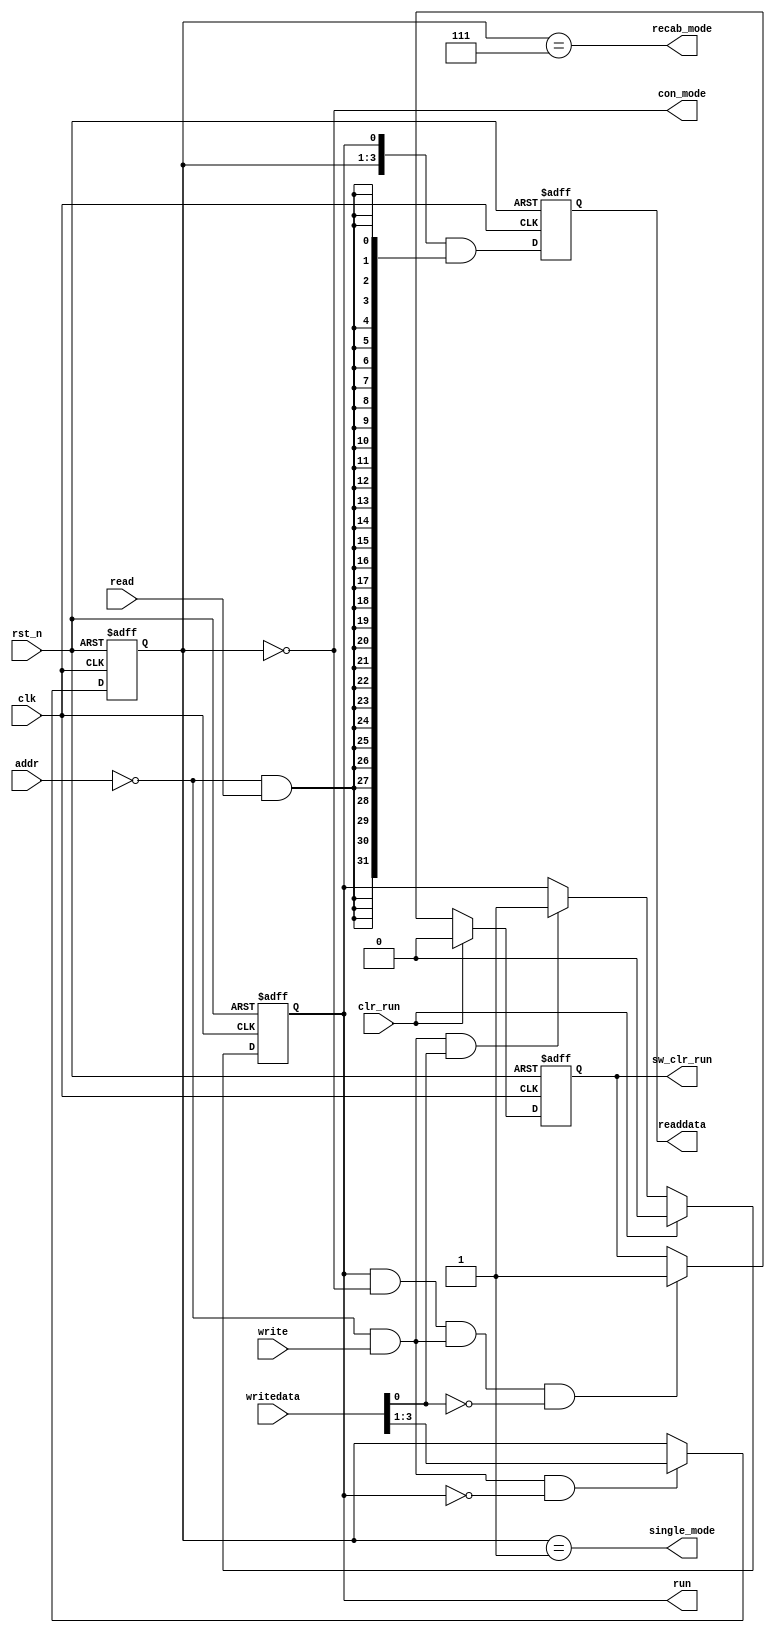
// (C) 2001-2020 Intel Corporation. All rights reserved.
// Your use of Intel Corporation's design tools, logic functions and other 
// software and tools, and its AMPP partner logic functions, and any output 
// files from any of the foregoing (including device programming or simulation 
// files), and any associated documentation or information are expressly subject 
// to the terms and conditions of the Intel Program License Subscription 
// Agreement, Intel FPGA IP License Agreement, or other applicable 
// license agreement, including, without limitation, that your use is for the 
// sole purpose of programming logic devices manufactured by Intel and sold by 
// Intel or its authorized distributors.  Please refer to the applicable 
// agreement for further details.


// (C) 2001-2016 Intel Corporation. All rights reserved.
// Your use of Intel Corporation's design tools, logic functions and other 
// software and tools, and its AMPP partner logic functions, and any output 
// files any of the foregoing (including device programming or simulation 
// files), and any associated documentation or information are expressly subject 
// to the terms and conditions of the Intel Program License Subscription 
// Agreement, Intel MegaCore Function License Agreement, or other applicable 
// license agreement, including, without limitation, that your use is for the 
// sole purpose of programming logic devices manufactured by Intel and sold by 
// Intel or its authorized distributors.  Please refer to the applicable 
// agreement for further details.


// synthesis translate_off
`timescale 1ns / 1ps
// synthesis translate_on

module altera_modular_adc_sequencer_csr (
    input               clk,
    input               rst_n,
    input               addr,
    input               read,
    input               write,
    input [31:0]        writedata,
    input               clr_run,

    output reg [31:0]   readdata,
    output reg          run,
    output reg          sw_clr_run,
    output              con_mode,
    output              single_mode,
    output              recab_mode
);

reg [2:0]   mode;

wire        cmd_addr;
wire        cmd_wr_en;
wire        cmd_rd_en;
wire [31:0] cmd_internal;
wire [31:0] readdata_nxt;

//--------------------------------------------------------------------------------------------//
// address decode
//--------------------------------------------------------------------------------------------//
assign cmd_addr = (addr == 1'b0);



//--------------------------------------------------------------------------------------------//
// write enable
//--------------------------------------------------------------------------------------------//
assign cmd_wr_en = cmd_addr & write;



//--------------------------------------------------------------------------------------------//
// read enable
//--------------------------------------------------------------------------------------------//
assign cmd_rd_en = cmd_addr & read;



//--------------------------------------------------------------------------------------------//
// mode register bits
//--------------------------------------------------------------------------------------------//
always @(posedge clk or negedge rst_n) begin
    if (!rst_n)
        mode <= 3'h0;
    else if (cmd_wr_en & ~run)
        mode <= writedata[3:1];
end


//--------------------------------------------------------------------------------------------//
// run register bit
//--------------------------------------------------------------------------------------------//
always @(posedge clk or negedge rst_n) begin
    if (!rst_n)
        run <= 1'b0;
    else if (clr_run)
        run <= 1'b0;
    else if (cmd_wr_en & writedata[0])
        run <= 1'b1;
end



//--------------------------------------------------------------------------------------------//
// Logic to detect SW perform a clear on the run bit
//--------------------------------------------------------------------------------------------//
always @(posedge clk or negedge rst_n) begin
    if (!rst_n)
        sw_clr_run <= 1'b0;
    else if (clr_run)
        sw_clr_run <= 1'b0;
    else if (run & con_mode & cmd_wr_en & ~writedata[0])
        sw_clr_run <= 1'b1;
end



//--------------------------------------------------------------------------------------------//
// Avalon read data path
//--------------------------------------------------------------------------------------------//
assign cmd_internal = {28'h0, mode, run};
assign readdata_nxt = cmd_internal & {32{cmd_rd_en}};

always @(posedge clk or negedge rst_n) begin
    if (!rst_n)
        readdata <= 32'h0;
    else
        readdata <= readdata_nxt;
end



//--------------------------------------------------------------------------------------------//
// Mode decoding
//--------------------------------------------------------------------------------------------//
assign con_mode     = (mode == 3'b000);
assign single_mode  = (mode == 3'b001);
assign recab_mode   = (mode == 3'b111);



endmodule